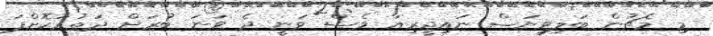
މި މެޗުން ބަލިވިޔަސް ނައިޖީރިއާ ވެސް ވަނީ ދެ ވަނަ ބުރަށް ދަތުރުކޮށްފަ